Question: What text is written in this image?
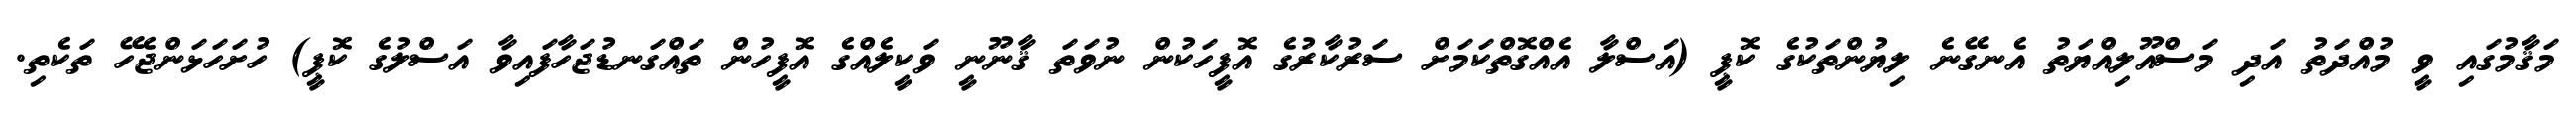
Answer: މަޤާމުގައި ވީ މުއްދަތު އަދި މަސްއޫލިއްޔަތު އެނގޭނެ ލިޔުންތަކުގެ ކޮޕީ (އަސްލާ އެއްގޮތްކަމަށް ސަރުކާރުގެ އޮފީހަކުން ނުވަތަ ޤާނޫނީ ވަކީލެއްގެ އޮފީހުން ތައްގަނޑުޖަހާފައިވާ އަސްލުގެ ކޮޕީ) ހުށަހަޅަންޖެހޭ ތަކެތި.